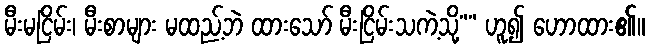
မီးမငြိမ်း၊ မီးစာများ မထည့်ဘဲ ထားသော် မီးငြိမ်းသကဲ့သို့”” ဟူ၍ ဟောထား၏။